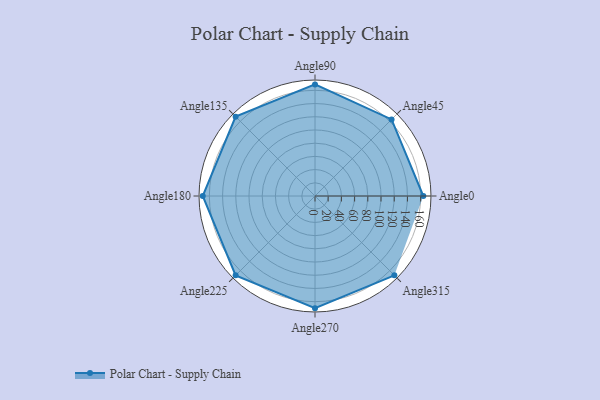
{"axis": {"x": "Angle", "y": "Radius"}, "legend": [""], "data": [{"x": "Angle0", "y": 164.0, "type": ""}, {"x": "Angle45", "y": 164.0, "type": ""}, {"x": "Angle90", "y": 169.0, "type": ""}, {"x": "Angle135", "y": 170, "type": ""}, {"x": "Angle180", "y": 170, "type": ""}, {"x": "Angle225", "y": 170.0, "type": ""}, {"x": "Angle270", "y": 170, "type": ""}, {"x": "Angle315", "y": 170, "type": ""}]}